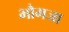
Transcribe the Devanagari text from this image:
भौमजा